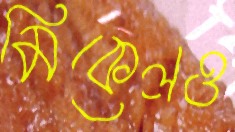
মিকেলও